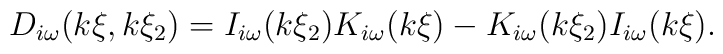
D_{i\omega }(k\xi ,k\xi _{2})=I_{i\omega }(k\xi _{2})K_{i\omega }(k\xi)-K_{i\omega }(k\xi _{2})I_{i\omega }(k\xi ).